Annual report of the Imperial Bacteriologist
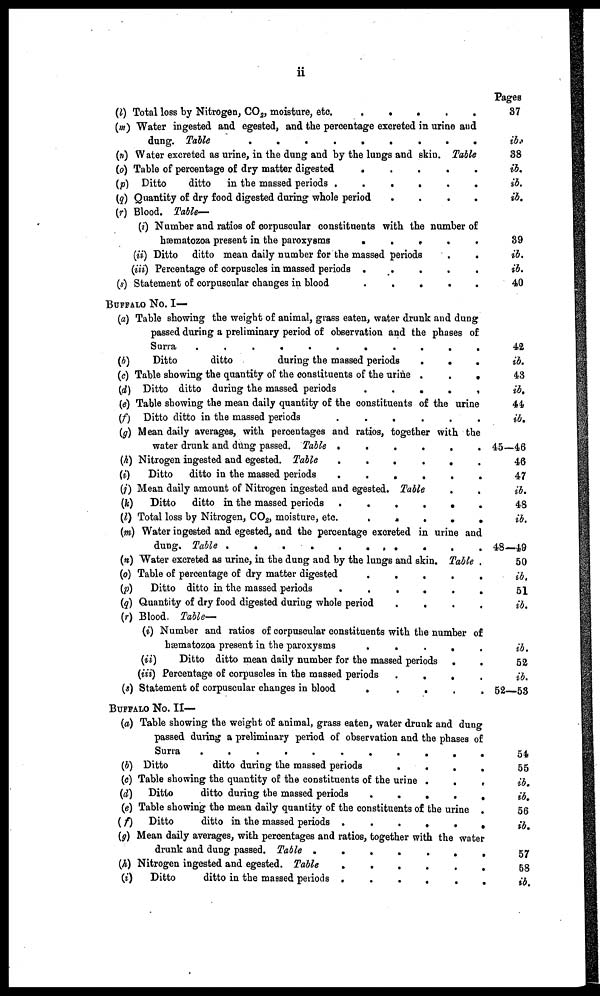
ii
(i) Total loss by Nitrogen, CO 2 , moisture, etc.
.
.
(m) Water ingested and egested, and the percentage excreted in urine and
dung. Table
.
.
.
.
.
.
.
.
.
(n) Water excreted as urine, in the dung and by the lungs and skin. Table
(o) Table of percentage of dry matter digested
.
.
(p) Ditto
ditto in the massed periods
(q) Quantity of dry food digested during whole period
....
(r) Blood. Table—
(i) Number and ratios of corpuscular constituents with the number of
hæmatozoa present in the paroxysms
.
.
.
.
.
(ii) Ditto ditto mean daily number for the massed periods
.
.
(iii) Percentage of corpuscles in massed periods
.....
(s) Statement of corpuscular changes in blood
BUFFALO No. I—
(a) Table showing the weight of animal, grass eaten, water drunk and dung
passed during a preliminary period of observation and the phases of
Surra
...........
(b)
Ditto
ditto
during the massed periods
.
.
.
(c) Table showing the quantity of the constituents of the urine .
.
.
(d) Ditto ditto during the massed periods
.
.
.
.
.
(e) Table showing the mean daily quantity of the constituents of the urine
(f) Ditto ditto in the massed periods
......
(g) Mean daily averages, with percentages and ratios, together with the
water drunk and dung passed. Table
......
(h) Nitrogen ingested and egested. Table
......
(i) Ditto ditto in the massed periods
......
(j) Mean daily amount of Nitrogen ingested and egested. Table
.
.
(k) Ditto ditto in the massed periods .
.
.
.
.
(l) Total loss by Nitrogen, CO 2 , moisture, etc.
.
.
.
.
.
(m) Water ingested and egested, and the percentage excreted in urine and
dung. Table
.
.
.
.
(n) Water excreted as urine, in the dung and by the lungs and skin. Table .
(o) Table of percentage of dry matter digested
.....
(p) Ditto ditto in the massed periods
......
(q) Quantity of dry food digested during whole period
....
(r) Blood. Table—
(i) Number and ratios of corpuscular constituents with the number of
hæmatozoa present in the paroxysms
.
.
.
.
(ii)
Ditto ditto mean daily number for the massed periods .
.
(iii) Percentage of corpuscles in the massed periods .
.
.
.
(s) Statement of corpuscular changes in blood
.
.
.
BUFFALO No. II—
(a) Table showing the weight of animal, grass eaten, water drunk and dung
passed during a preliminary period of observation and the phases of
Surra
.
........
(b) Ditto
ditto during the massed periods
.
.
.
.
(c) Table showing the quantity of the constituents of the urine .
.
.
(d) Ditto
ditto during the massed periods
.
.
.
.
.
(e) Table showing the mean daily quantity of the constituents of the urine .
(f)
Ditto
ditto in the massed periods .
.
.
.
.
.
(g) Mean daily averages, with percentages and ratios, together with the water
drunk and dung passed. Table
(h) Nitrogen ingested and egested. Table
(i)
Ditto
ditto in the massed periods
......
Pages
37
ib.
38
ib.
ib.
ib.
39
ib.
ib.
40
42
ib.
43
ib.
44
ib.
45—46
46
47
ib.
48
ib.
48—49
50
ib.
51
ib.
ib.
52
ib.
52—58
54
55
ib.
ib.
56
ib.
57
68
ib.